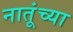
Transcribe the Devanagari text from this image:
नातूंच्या